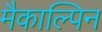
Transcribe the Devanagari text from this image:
मैकाल्पिन